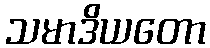
သမာဒိယတော